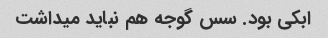
ابکی بود. سس گوجه هم نباید میداشت